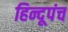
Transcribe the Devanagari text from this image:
हिन्दूपंच